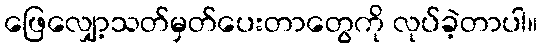
ဖြေလျှော့သတ်မှတ်ပေးတာတွေကို လုပ်ခဲ့တာပါ။